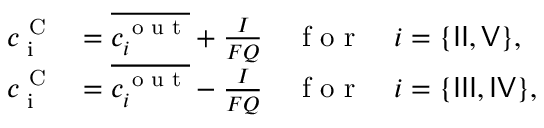
\begin{array} { r l } { c _ { \textrm { i } } ^ { \textrm { C } } } & { = \overline { { c _ { i } ^ { \textrm { o u t } } } } + \frac { I } { F Q } \quad \textrm { f o r } \quad i = \{ { \sf I I } , { \sf V } \} , } \\ { c _ { \textrm { i } } ^ { \textrm { C } } } & { = \overline { { c _ { i } ^ { \textrm { o u t } } } } - \frac { I } { F Q } \quad \textrm { f o r } \quad i = \{ { \sf I I I } , { \sf I V } \} , } \end{array}